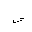
Letter: _fa